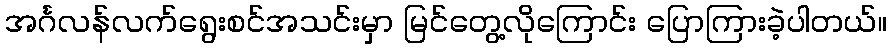
အင်္ဂလန်လက်ရွေးစင်အသင်းမှာ မြင်တွေ့လိုကြောင်း ပြောကြားခဲ့ပါတယ်။